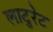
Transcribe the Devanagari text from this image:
लाटुरेट